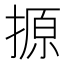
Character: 𪮢